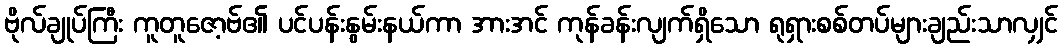
ဗိုလ်ချုပ်ကြီး ကူတူဇော့ဗ်၏ ပင်ပန်းနွမ်းနယ်ကာ အားအင် ကုန်ခန်းလျက်ရှိသော ရုရှားစစ်တပ်များချည်းသာလျှင်